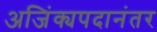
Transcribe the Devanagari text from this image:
अजिंक्यपदानंतर